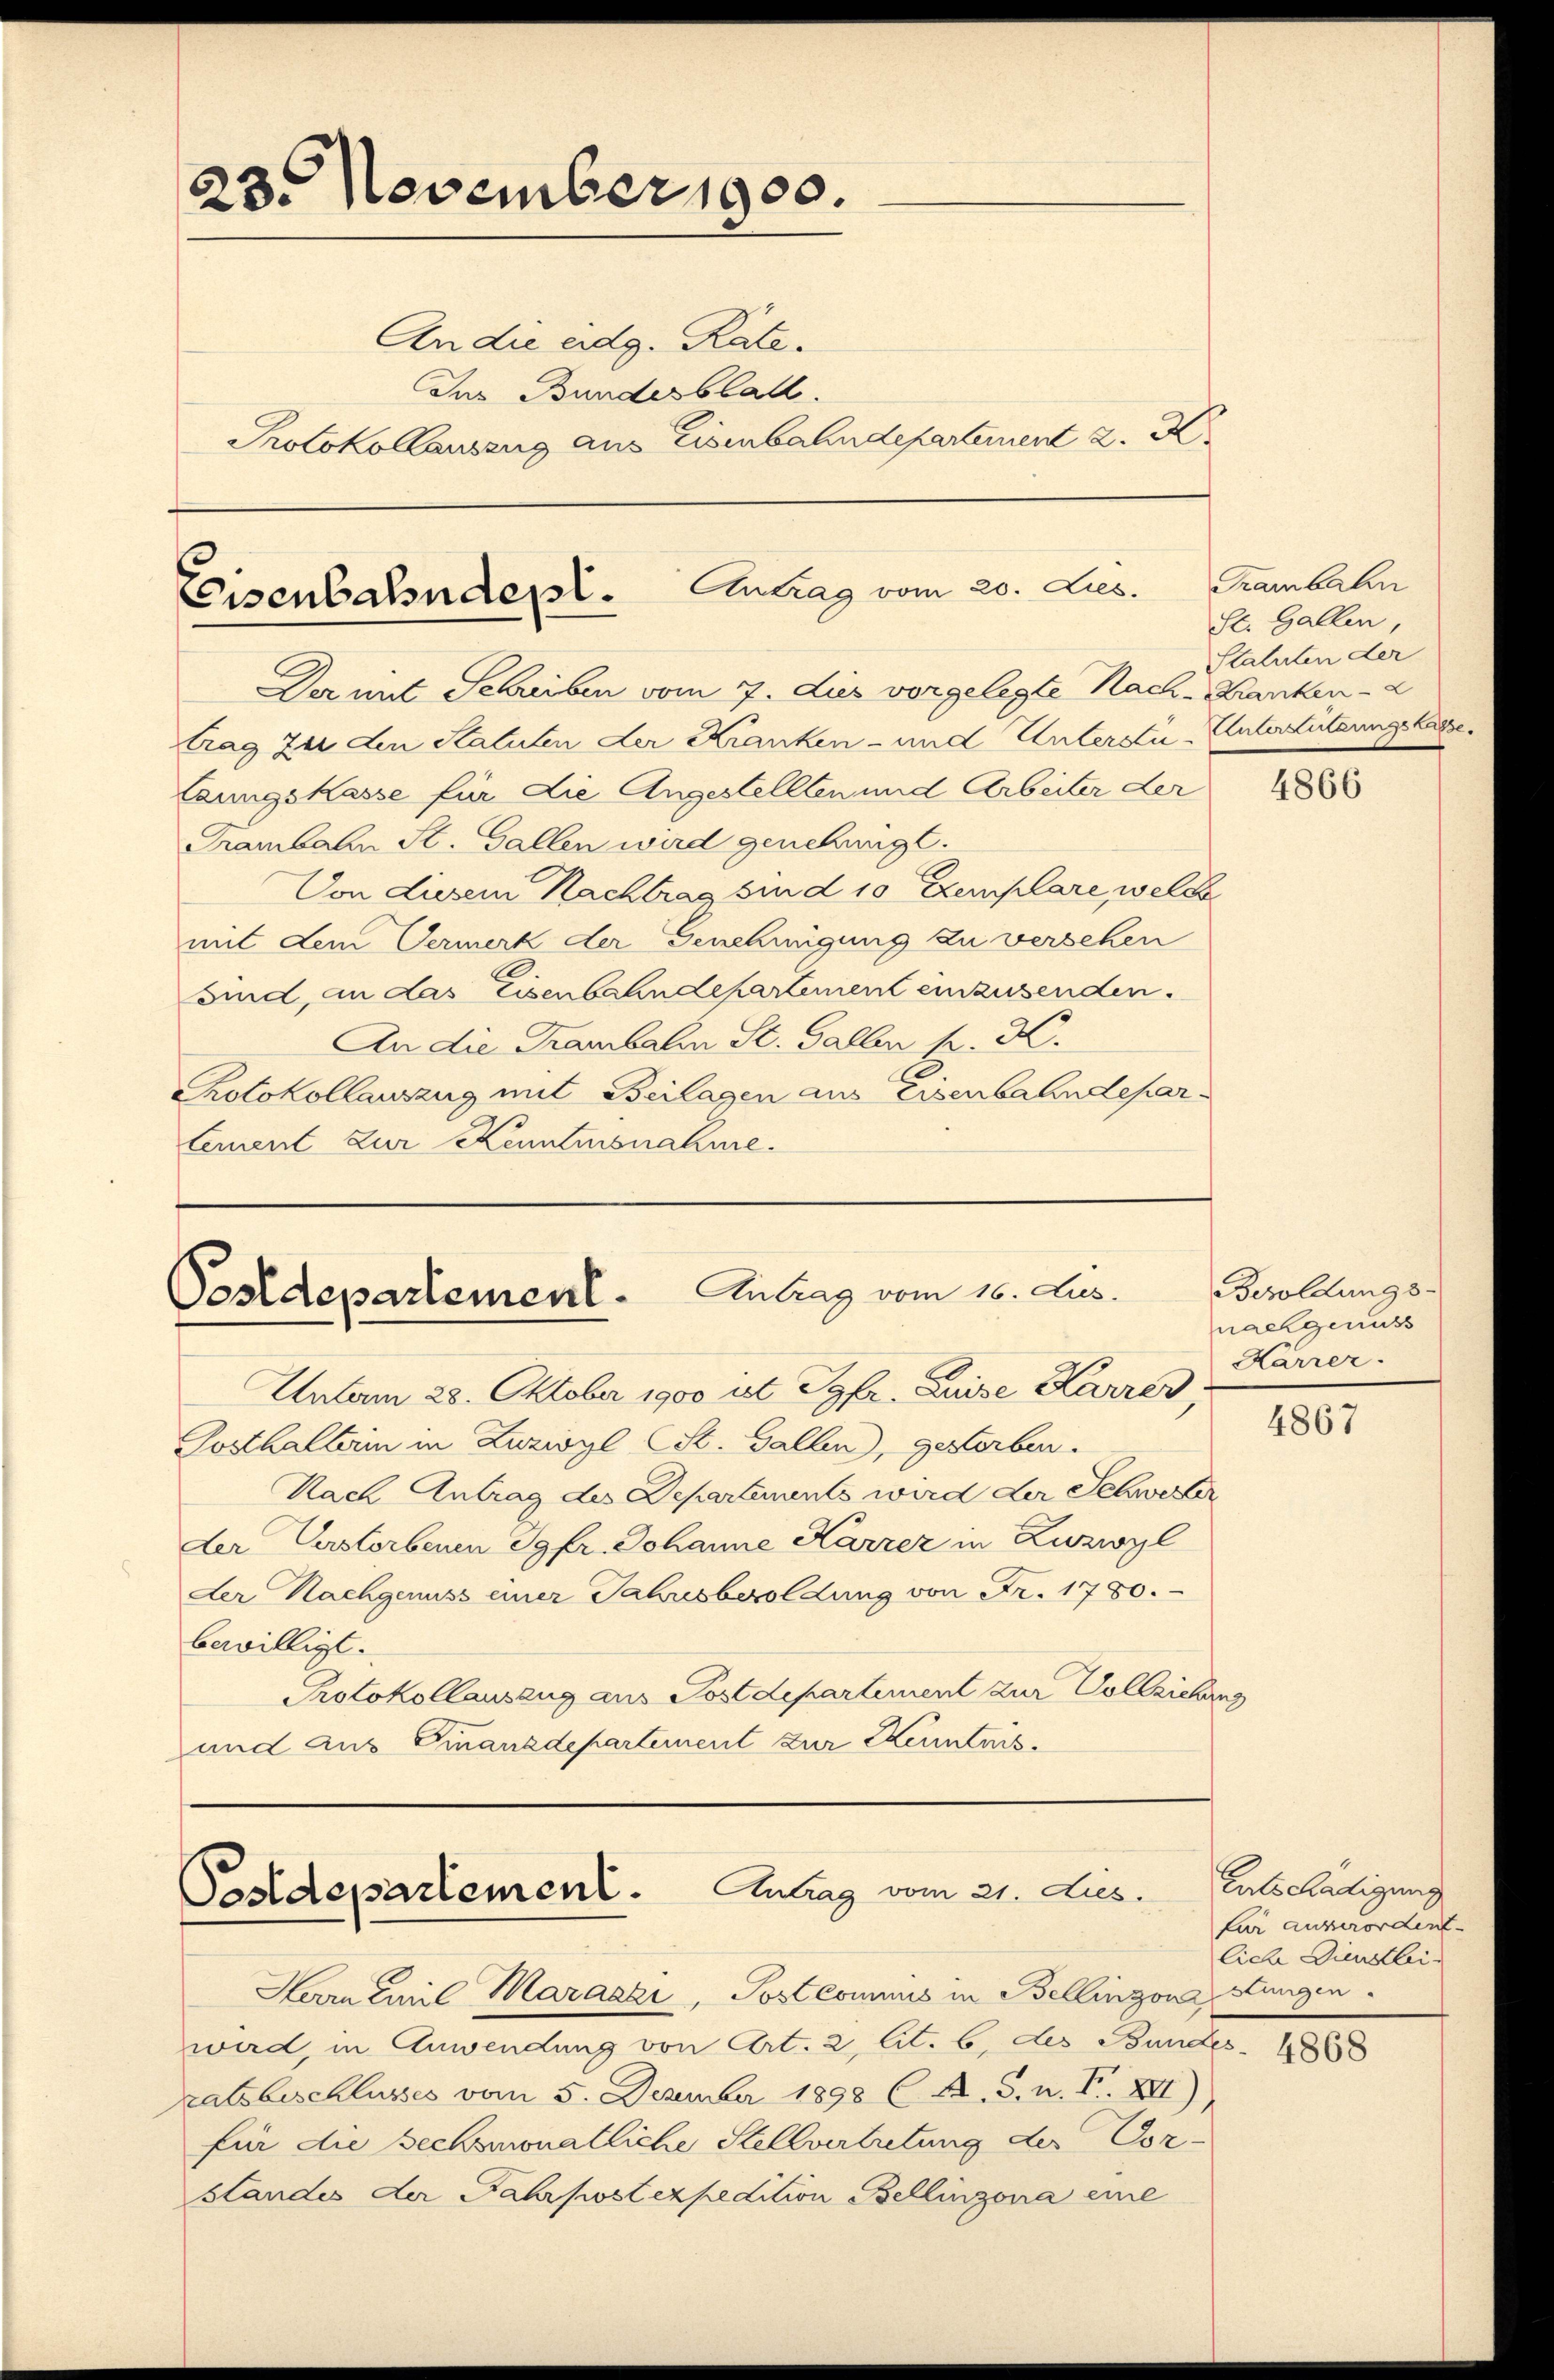
23. November 1900.

An die eidg. Rate
Das Bundesblatt.
Protokollauszug aus Eisenbahndepartement 2. X.

Eisenbahndept. Antrag vom 20. Lies.

Der mit Schreiben vom 7. dies vorgelegte Nach- Kranken-
trag zu den Statuten der Kranken- und Unterste Unterstützungslage
Caungskasse für die Angestellten und Arbeiter der
Trambalen St. Gallen wird genehmigt.
Von diesem Nachtrag sind 10 Exemplare, welch
mit dem Vermerk der Genehmigung zu versehen
sind, an das Eisenbahndepartement einzusenden.
An die Traubali St. Gallen pr. K.
Protokollauszug mit Beilagen aus Eisenbahndeparlement zur Kenntnisnahme.

Postdepartement. Antrag vom 16. Jus

Boldepartement. Antrag vom 21. Lies.

Trambahn
St. Gallen,
Statuten der

Herrn Emil Marazzi, Postcommis in Bellinzona stungen.
wird, in Anwendung von Art. 2, lit. b. des Bundes
ratsbeschlusses vom 5. Dezember 1898 (12. S. n. F. XII
für die sechsmonatliche Stellvertretung der Corstandes der Fahrpost expedition Bellinzona eine

Unterm 28. Oktober 1900 ist Jgfr. Luise Karrer,
Gosthalterin in Zuzwyl (St. Gallen), gesterben.
Nach Antrag des Departements wird der Schwerter
der Verstorbenen Jgfr. Johanne Harzer in Zwzwyl
der Nachgenuss einer Jahresbesoldung von Fr. 1780.
bewilligt.
Protokollauszug aus Postdepartement zur Vollziehung
und aus Finanzdepartement zur Kenntnis¬

4866

Besoldungs-
nachgenuss
Karrer.

4867

Entschädigung
für ausserordent
liche Dienstlei¬

4868